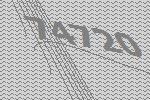
74720